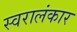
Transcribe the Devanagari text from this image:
स्वरालंकार